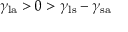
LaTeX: \gamma _ { \mathrm { l a } } > 0 > \gamma _ { \mathrm { l s } } - \gamma _ { \mathrm { s a } }